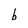
Character: b